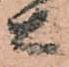
右